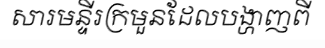
សារមន្ទីរក្រមួនដែលបង្ហាញពី